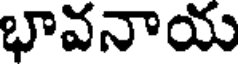
భావనాయ